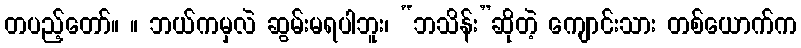
တပည့်တော်။ ။ ဘယ်ကမှလဲ ဆွမ်းမရပါဘူး၊ “ဘသိန်း”ဆိုတဲ့ ကျောင်းသား တစ်ယောက်က